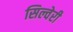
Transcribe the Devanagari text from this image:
सिल्वेरी